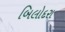
બિલોદરા